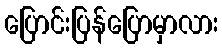
ပြောင်းပြန်ပြောမှာလား